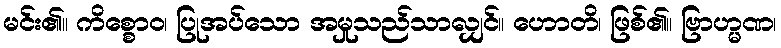
မင်း၏။ ကိစ္စောဝ၊ ပြုအပ်သော အမှုသည်သာလျှင်။ ဟောတိ၊ ဖြစ်၏။ ဗြာဟ္မဏ၊